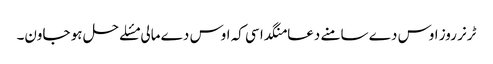
ٹرنر روز اوس دے سامنے دعا منگدا سی کہ اوس دے مالی مسٔلے حل ہو جاون۔